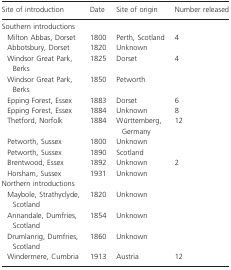
<table><thead><tr><td><b>Site of introduction</b></td><td><b>Date</b></td><td><b>Site of origin</b></td><td><b>Number released</b></td></tr></thead><tbody><tr><td colspan="4">Southern introductions</td></tr><tr><td> Milton Abbas, Dorset</td><td>1800</td><td>Perth, Scotland</td><td>4</td></tr><tr><td> Abbotsbury, Dorset</td><td>1820</td><td>Unknown</td><td></td></tr><tr><td> Windsor Great Park, Berks</td><td>1825</td><td>Dorset</td><td>4</td></tr><tr><td> Windsor Great Park, Berks</td><td>1850</td><td>Petworth</td><td></td></tr><tr><td> Epping Forest, Essex</td><td>1883</td><td>Dorset</td><td>6</td></tr><tr><td> Epping Forest, Essex</td><td>1884</td><td>Unknown</td><td>8</td></tr><tr><td> Thetford, Norfolk</td><td>1884</td><td>Württemberg, Germany</td><td>12</td></tr><tr><td> Petworth, Sussex</td><td>1800</td><td>Unknown</td><td></td></tr><tr><td> Petworth, Sussex</td><td>1890</td><td>Scotland</td><td></td></tr><tr><td> Brentwood, Essex</td><td>1892</td><td>Unknown</td><td>2</td></tr><tr><td> Horsham, Sussex</td><td>1931</td><td>Unknown</td><td></td></tr><tr><td colspan="4">Northern introductions</td></tr><tr><td> Maybole, Strathyclyde, Scotland</td><td>1820</td><td>Unknown</td><td></td></tr><tr><td> Annandale, Dumfries, Scotland</td><td>1854</td><td>Unknown</td><td></td></tr><tr><td> Drumlanrig, Dumfries, Scotland</td><td>1860</td><td>Unknown</td><td></td></tr><tr><td> Windermere, Cumbria</td><td>1913</td><td>Austria</td><td>12</td></tr></tbody></table>